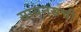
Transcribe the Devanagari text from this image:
सायनसची